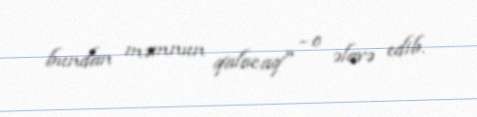
bundan məmnun qalacaq" - o əlavə edib.